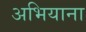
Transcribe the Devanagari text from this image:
अभियाना